Scottish Leaving Certificate Examination, 1960
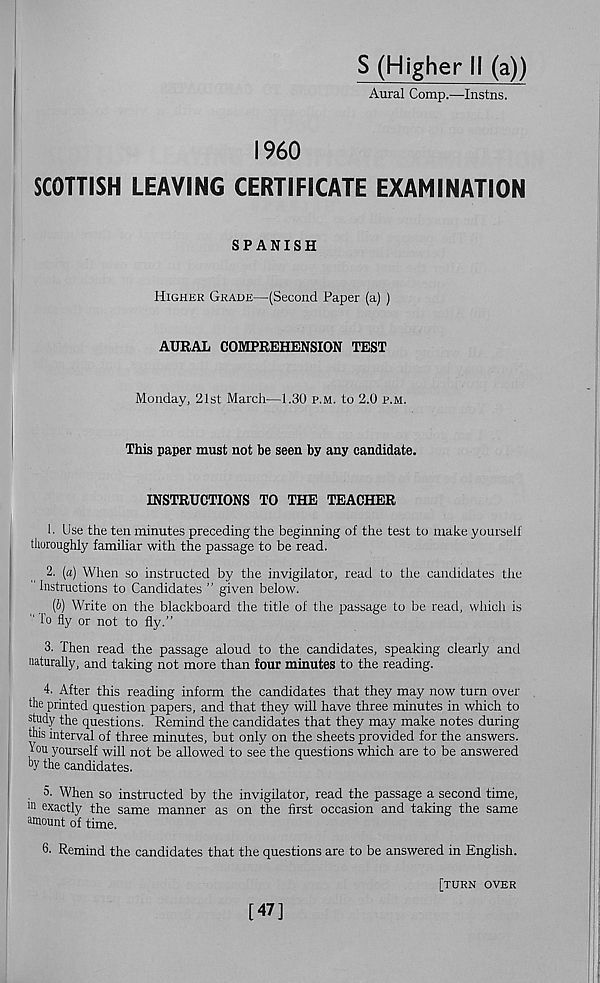
S (Higher II (a))
Aural Comp.—Instns.
I960
SCOTTISH LEAVING CERTIFICATE EXAMINATION
SPANISH
Higher Grade—(Second Paper (a) )
AURAL COMPREHENSION TEST
Monday, 21st March—1.30 p.m. to 2.0 p.m.
This paper must not be seen by any candidate.
INSTRUCTIONS TO THE TEACHER
1. Use the ten minutes preceding the beginning of the test to make yourself
thoroughly familiar with the passage to be read.
2. [a] When so instructed by the invigilator, read to the candidates the
instructions to Candidates ” given below.
[b) Write on the blackboard the title of the passage to be read, which is
" lo fly or not to fly.”
3. Then read the passage aloud to the candidates, speaking clearly and
naturally, and taking not more than four minutes to the reading.
4. After this reading inform the candidates that they may now turn over
the printed question papers, and that they will have three minutes in which to
study the questions. Remind the candidates that they may make notes during
this interval of three minutes, but only on the sheets provided for the answers.
You yourself will not be allowed to see the questions which are to be answered
by the candidates.
. 5- When so instructed by the invigilator, read the passage a second time,
m exactly the same manner as on the first occasion and taking the same
amount of time.
6. Remind the candidates that the questions are to be answered in English.
[turn over
[47]